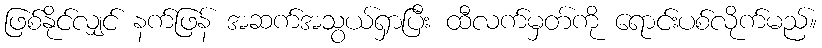
ဖြစ်နိုင်လျှင် နက်ဖြန် အဆက်အသွယ်ရှာပြီး ထီလက်မှတ်ကို ရောင်းပစ်လိုက်မည်။